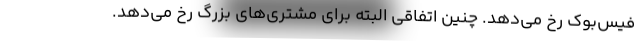
فیس‌بوک رخ می‌دهد. چنین اتفاقی البته برای مشتری‌های بزرگ رخ می‌دهد.